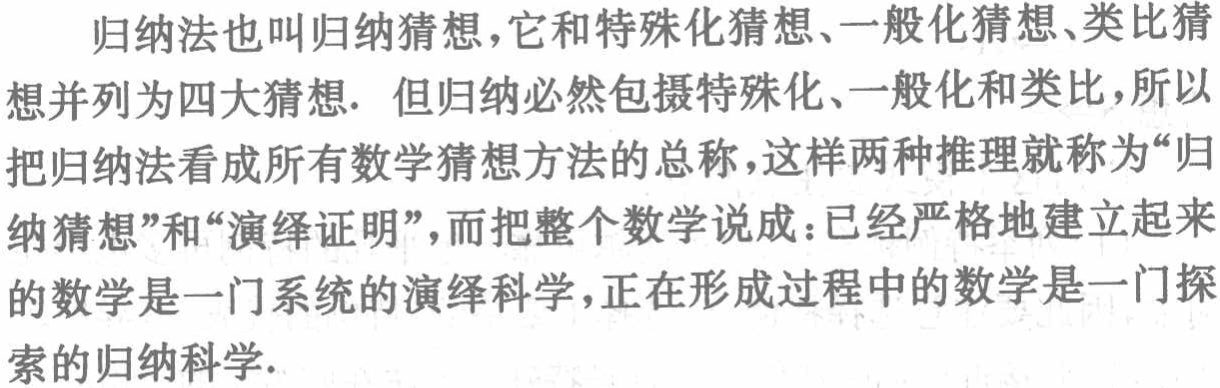
归纳法也叫归纳猜想，它和特殊化猜想、一般化猜想、类比猜想并列为四大猜想. 但归纳必然包摄特殊化、一般化和类比，所以把归纳法看成所有数学猜想方法的总称，这样两种推理就称为“归纳猜想”和“演绎证明”，而把整个数学说成：已经严格地建立起来的数学是一门系统的演绎科学，正在形成过程中的数学是一门探索的归纳科学.